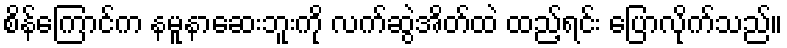
စိန်ကြောင်က နမူနာဆေးဘူးကို လက်ဆွဲအိတ်ထဲ ထည့်ရင်း ပြောလိုက်သည်။